Vaccination in the Punjab 1897-1904 - 1897-1904
Year: 1897
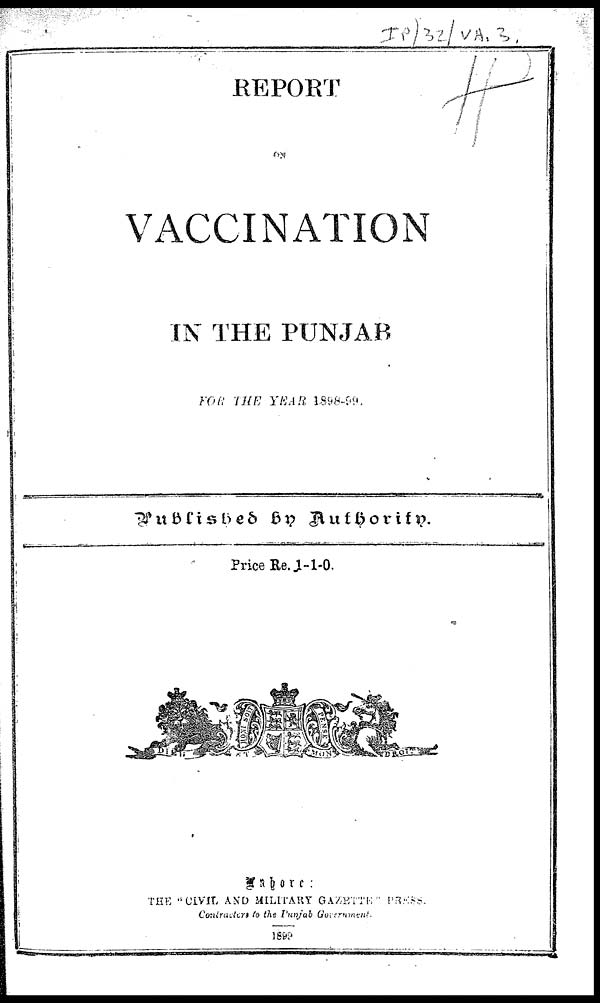
REPORT
VACCINATION
IN THE PUNJAB
FOR THE YEAR 1898-09,
Published by Authority.
Price Re.1-1-0.
Lahore :
THE "CIVIL AND MILITARY GAZETTE " PRESS.
Contracters to the Punjab Government.
1899